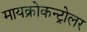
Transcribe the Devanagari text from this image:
मायक्रोकन्ट्रोलर